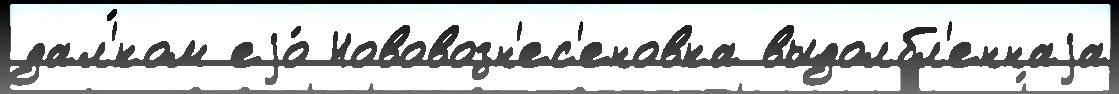
дал'́ком еjо́ Нововозн'ес'еновка выдолбл'еннаjа